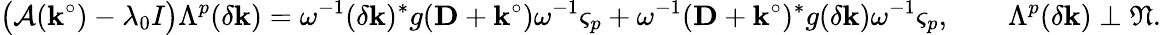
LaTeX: \bigl(\mathcal{A}(\mathbf{k}^{\circ})-\lambda_{0}I\bigr)\Lambda^{p}(\delta\mathbf{k})=\omega^{-1}(\delta\mathbf{k})^{*}g(\mathbf{D}+\mathbf{k}^{\circ})\omega^{-1}\varsigma_{p}+\omega^{-1}(\mathbf{D}+\mathbf{k}^{\circ})^{*}g(\delta\mathbf{k})\omega^{-1}\varsigma_{p},\qquad\Lambda^{p}(\delta\mathbf{k})\perp\mathfrak{N}.